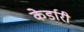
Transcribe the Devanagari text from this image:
केर्डारी